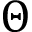
\Theta